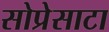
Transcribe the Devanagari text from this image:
सोप्रेसाटा